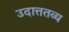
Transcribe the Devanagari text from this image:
उदात्ततव्य